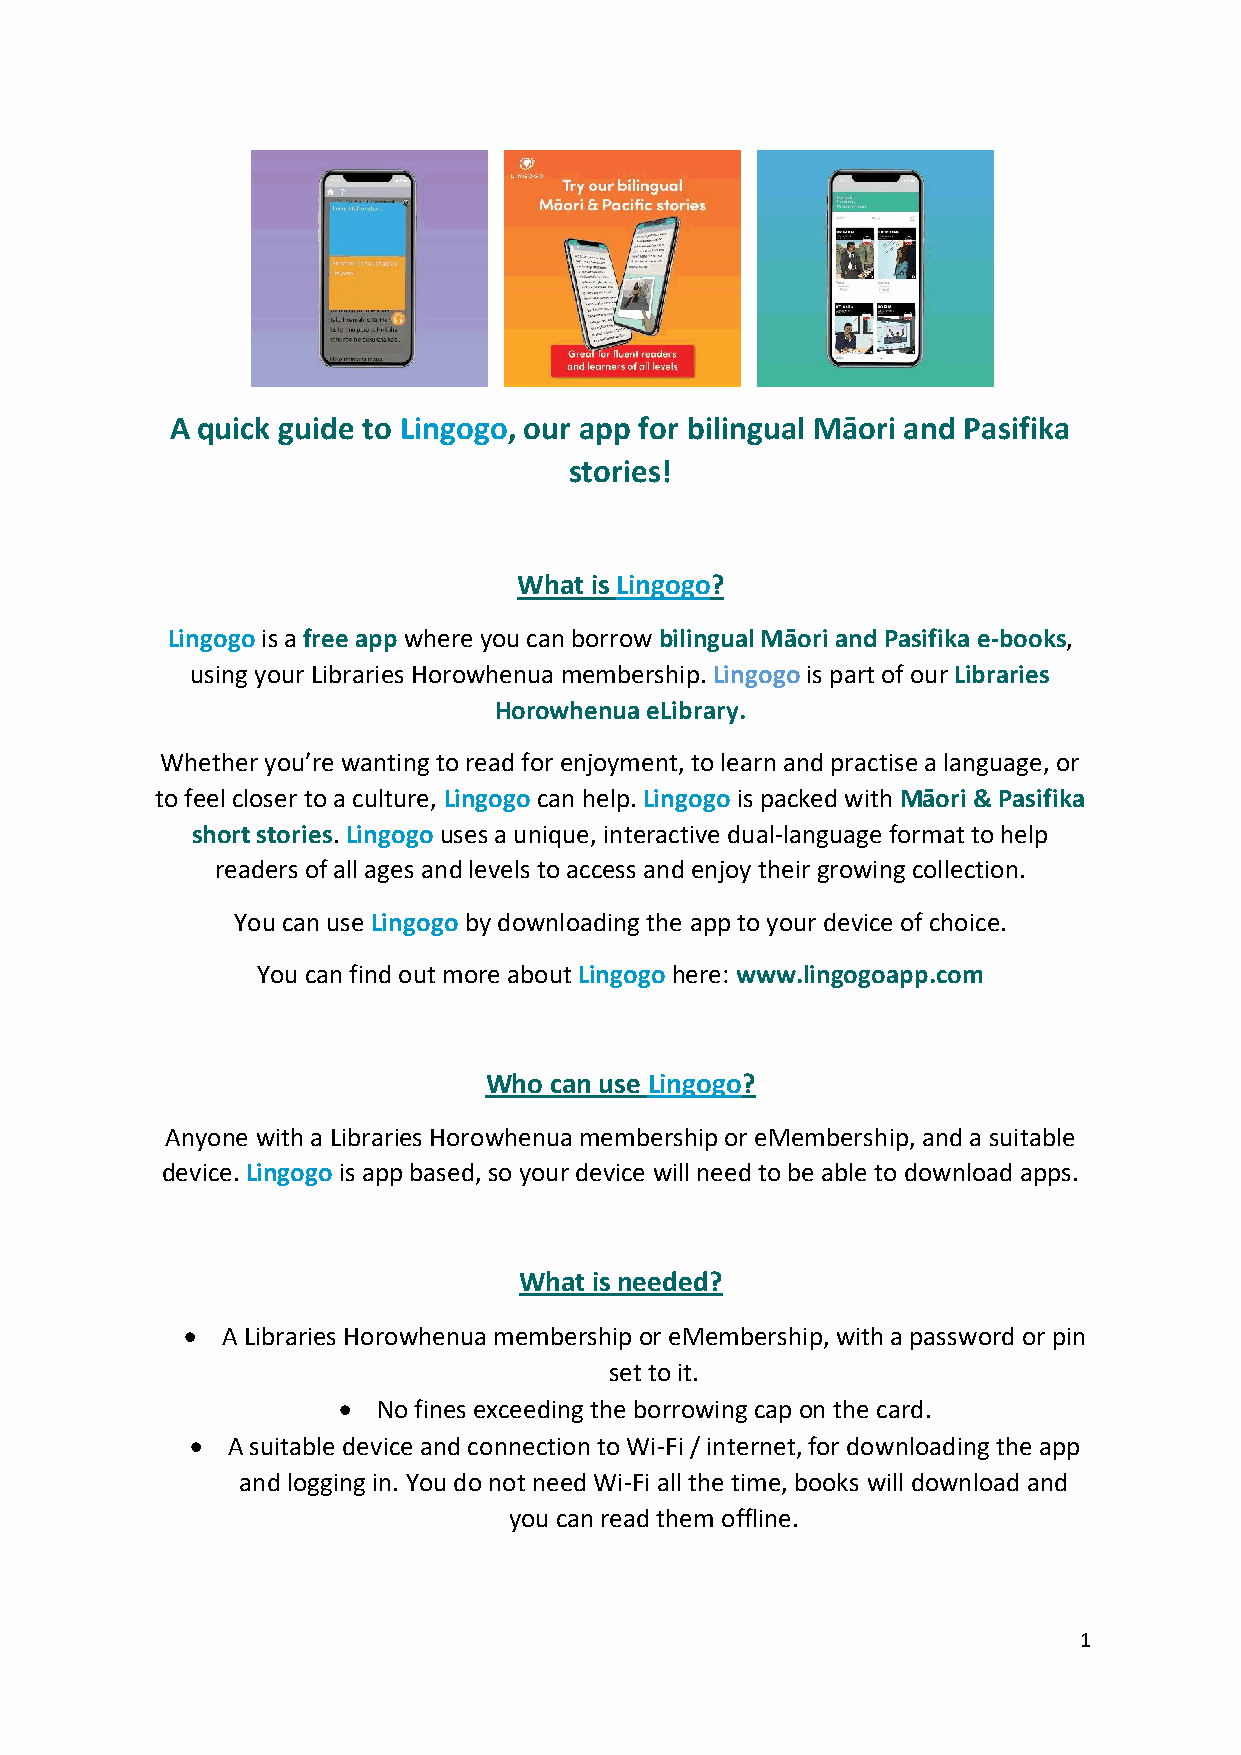
A quick guide to Lingogo, our app for bilingual Māori and Pasifika
 stories!
 What is Lingogo?
 Lingogo is a free app where you can borrow bilingual Māori and Pasifika e-books,
 using your Libraries Horowhenua membership. Lingogo is part of our Libraries
 Horowhenua eLibrary.
 Whether you’re wanting to read for enjoyment, to learn and practise a language, or
 to feel closer to a culture, Lingogo can help. Lingogo is packed with Māori & Pasifika
 short stories. Lingogo uses a unique, interactive dual-language format to help
 readers of all ages and levels to access and enjoy their growing collection.
 You can use Lingogo by downloading the app to your device of choice.
 You can find out more about Lingogo here: www.lingogoapp.com
 Who can use Lingogo?
 Anyone with a Libraries Horowhenua membership or eMembership, and a suitable
 device. Lingogo is app based, so your device will need to be able to download apps.
 What is needed?
   A Libraries Horowhenua membership or eMembership, with a password or pin
 set to it.
   No fines exceeding the borrowing cap on the card.
  A suitable device and connection to Wi-Fi / internet, for downloading the app
 and logging in. You do not need Wi-Fi all the time, books will download and
 you can read them offline.
 1